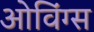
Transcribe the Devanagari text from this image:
ओविंग्स